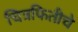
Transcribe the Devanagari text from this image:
चित्रफितीचे